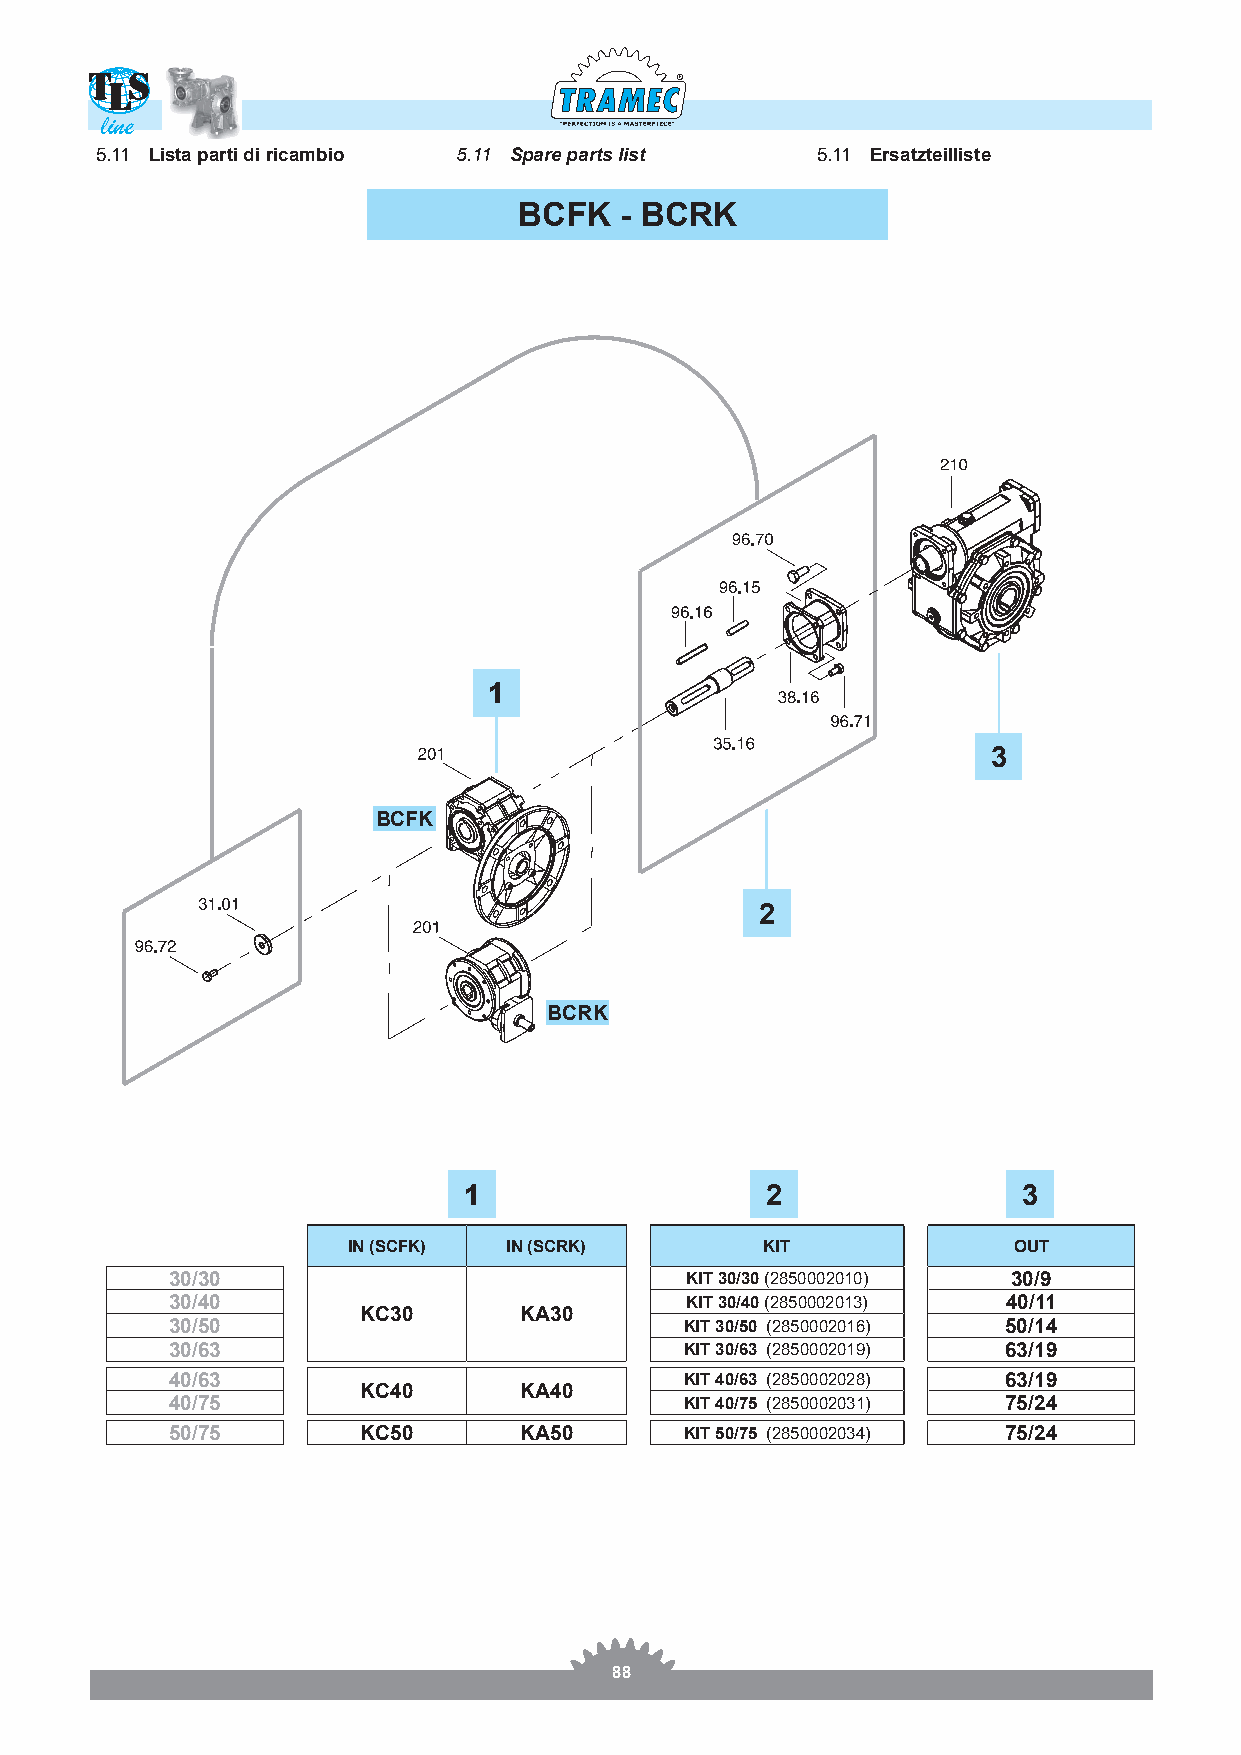
R
 line
 5.11 Lista parti di ricambio 5.11 Spare parts list 5.11 Ersatzteilliste
 BCFK   - BCRK
 1
 3
 BCFK
 2
 BCRK
 1                   2                3
 IN (SCFK)  IN (SCRK)        KIT             OUT
 30/30                             KIT 30/30 (2850002010) 30/9
 30/40                             KIT 30/40 (2850002013) 40/11
 KC30      KA30
 30/50                             KIT 30/50 (2850002016) 50/14
 30/63                             KIT 30/63 (2850002019) 63/19
 40/63                             KIT 40/63 (2850002028) 63/19
 KC40      KA40
 40/75                             KIT 40/75 (2850002031) 75/24
 50/75        KC50      KA50       KIT 50/75 (2850002034) 75/24
 88